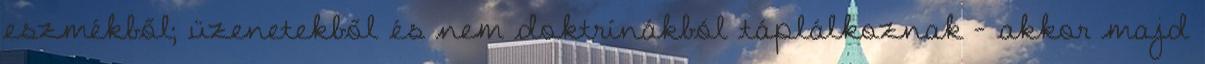
eszmékből; üzenetekből és nem doktrínákból táplálkoznak – akkor majd